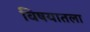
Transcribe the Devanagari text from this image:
विषयातला